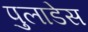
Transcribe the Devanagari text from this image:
पुलाडेस